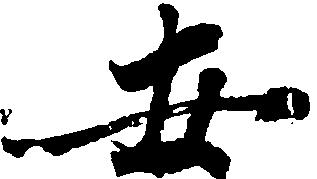
安